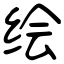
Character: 绘